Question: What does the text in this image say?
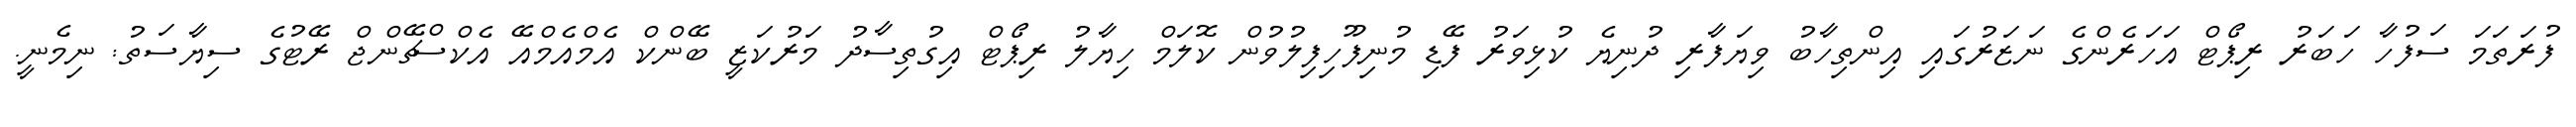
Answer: ފުރަތަމަ ސަފުހާ ހަބަރު ރިޕޯޓް އަހަރެންގެ ނަޒަރުގައި އިންތިހާބު ވިޔަފާރި ދުނިޔެ ކުޅިވަރު ފޭޑި މުނިފޫހިފިލުވުން ކޮލަމް ހިޔާލު ރިޕޯޓް އިގުތިސާދު މަރުކަޒީ ބޭންކް އެމްއެމްއޭ އެކްސްޗޭންޖް ރޭޓުގެ ސިޔާސަތު: ނިމެނީ.